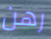
رهن